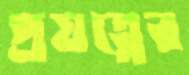
প্রযত্নের